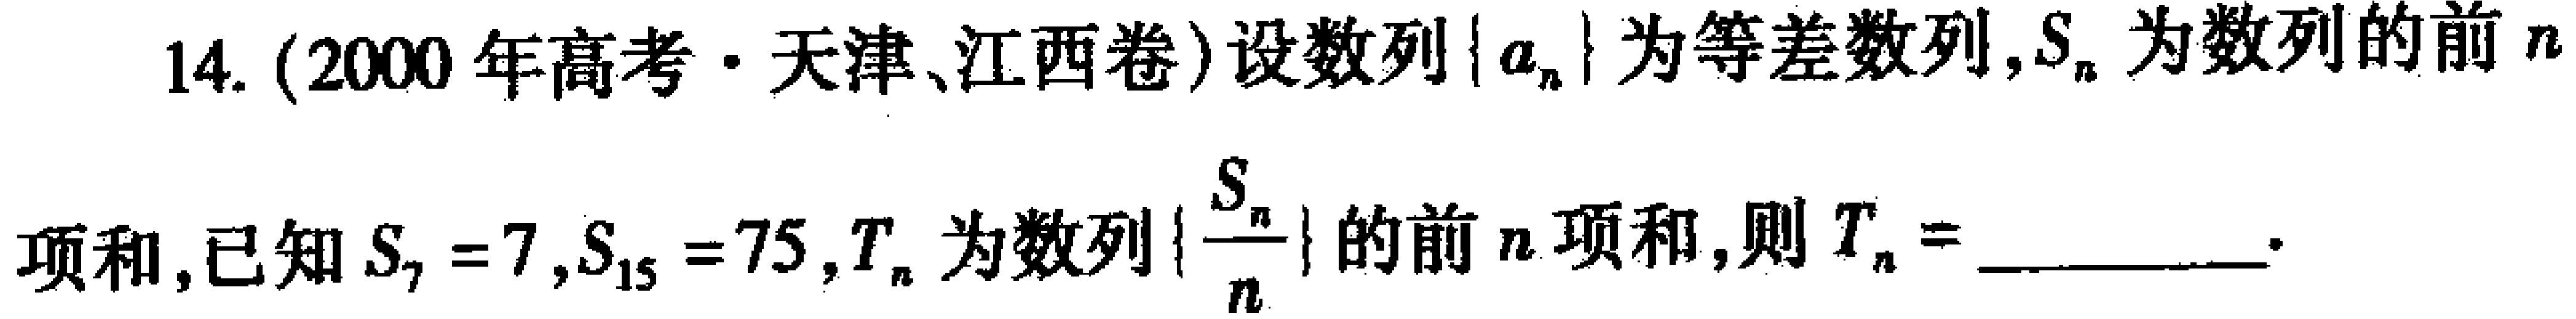
14. (2000年高考·天津、江西卷)设数列\(\{ a_{n}\}\)为等差数列，\(S_{n}\)为数列的前\(n\)项和，已知\(S_{7}=7\)，\(S_{15}=75\)，\(T_{n}\)为数列\(\left\{\frac{S_{n}}{n}\right\}\)的前\(n\)项和，则\(T_{n}=\)__________ 。